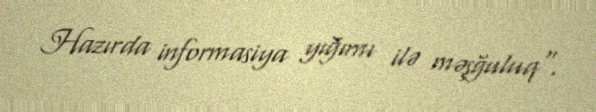
Hazırda informasiya yığımı ilə məşğuluq".